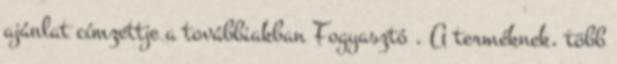
ajánlat címzettje a továbbiakban Fogyasztó . A terméknek, több